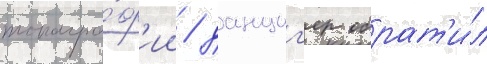
топогра́ф'ии / данциг'ер обрат'и́л